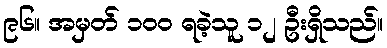
၉၆။ အမှတ် ၁၀၀ ရခဲ့သူ ၁၂ ဦးရှိသည်။